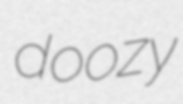
doozy